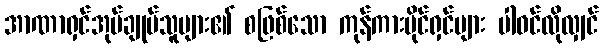
အာဏာရှင်အုပ်ချုပ်သူများ၏ စဖြစ်သော ကုန်ကားပိုင်ရှင်များ ပါဝင်လိုလျှင်